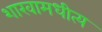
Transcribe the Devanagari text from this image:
शाखामधीत्य